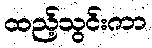
ထည့်သွင်းကာ